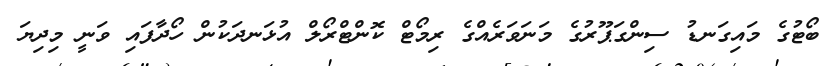
ބޯޓުގެ މައިގަނޑު ސިންގަޕޫރުގެ މަނަވަރެއްގެ ރިމޯޓް ކޮންޓްރޯލް އުޅަނދަކުން ހޯދާފައި ވަނީ މިދިޔަ